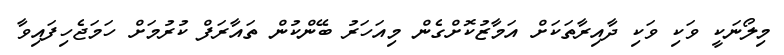
މިލޯނަކީ ވަކި ވަކި ދާއިރާތަކަށް އަމާޒުކޮށްގެން މިއަހަރު ބޭންކުން ތައާރަފް ކުރުމަށް ހަމަޖެހިފައިވާ